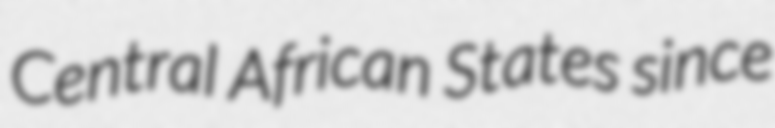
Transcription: Central African States since